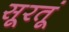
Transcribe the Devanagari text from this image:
सूरतूं